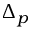
\Delta _ { p }